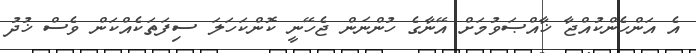
އެ އަންހެންކުއްޖާ ޚާއްޞަވުމަށް އޭނާގެ ހުންނަން ޖެހޭނީ ކޮންކަހަލަ ސިފަތަކެއްކަން ވެސް ޚުދު